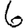
Digit: 6